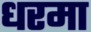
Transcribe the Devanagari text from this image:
धरमा